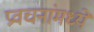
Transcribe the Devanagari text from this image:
प्रवचनांमध्ये